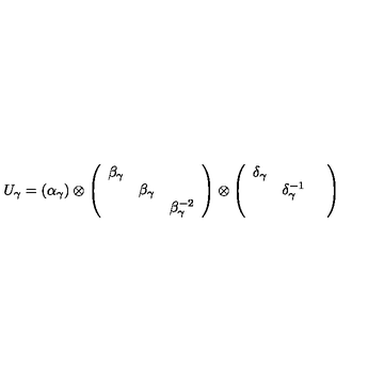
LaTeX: U _ { \gamma } = ( \alpha _ { \gamma } ) \otimes \left( \begin{array} { c c c } { \beta _ { \gamma } } & { } & { } \\ { } & { \beta _ { \gamma } } & { } \\ { } & { } & { \beta _ { \gamma } ^ { - 2 } } \\ \end{array} \right) \otimes \left( \begin{array} { c c c } { \delta _ { \gamma } } & { } & { } \\ { } & { \delta _ { \gamma } ^ { - 1 } } & { } \\ { } & { } & { } \\ \end{array} \right)